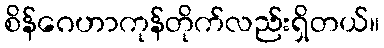
စိန်ဂေဟာကုန်တိုက်လည်းရှိတယ်။